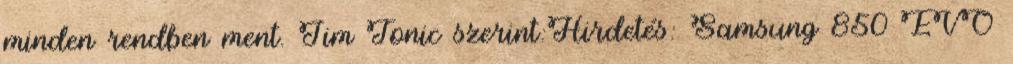
minden rendben ment. Jim Tonic szerint:Hirdetés: Samsung 850 EVO